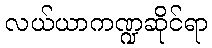
လယ်ယာကဏ္ဍဆိုင်ရာ